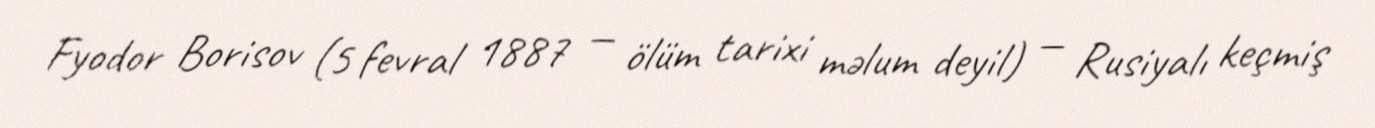
Fyodor Borisov (5 fevral 1887 — ölüm tarixi məlum deyil) — Rusiyalı keçmiş